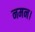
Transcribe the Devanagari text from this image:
नमन।